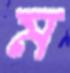
ম